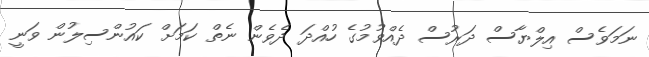
ނަމަވެސް އިލްޔާސް ދަރުސް ދެއްވުމުގެ ހުއްދަ ދެވެން ނެތް ކަމަށް ކައުންސިލުން ވަނީ